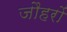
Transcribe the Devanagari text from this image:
जौहरों